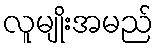
လူမျိုးအမည်